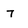
Character: T